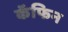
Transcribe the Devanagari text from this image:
कॅफिन